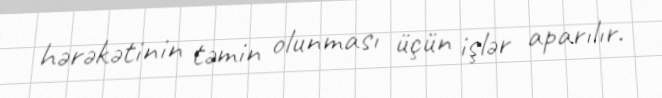
hərəkətinin təmin olunması üçün işlər aparılır.